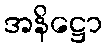
အနိဋ္ဌော